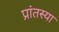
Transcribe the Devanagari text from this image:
प्रांतस्या